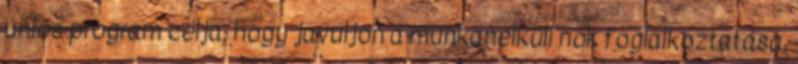
uniós program célja, hogy javuljon a munkanélküli nők foglalkoztatása,